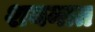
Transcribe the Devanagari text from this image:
शयनात